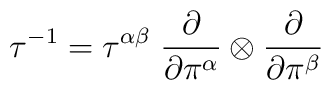
\tau^{-1} = \tau^{\alpha\beta}\; {\partial\over\partial\pi^\alpha}\otimes{\partial\over\partial\pi^\beta}